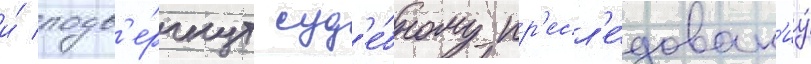
и́ подв'е́ргнут суд'е́бному пр'есл'е́дован'иу